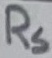
Text: RS